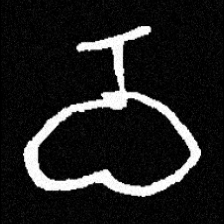
Pyu character \u2014 Myanmar letter: ဝ (romanized: wa)